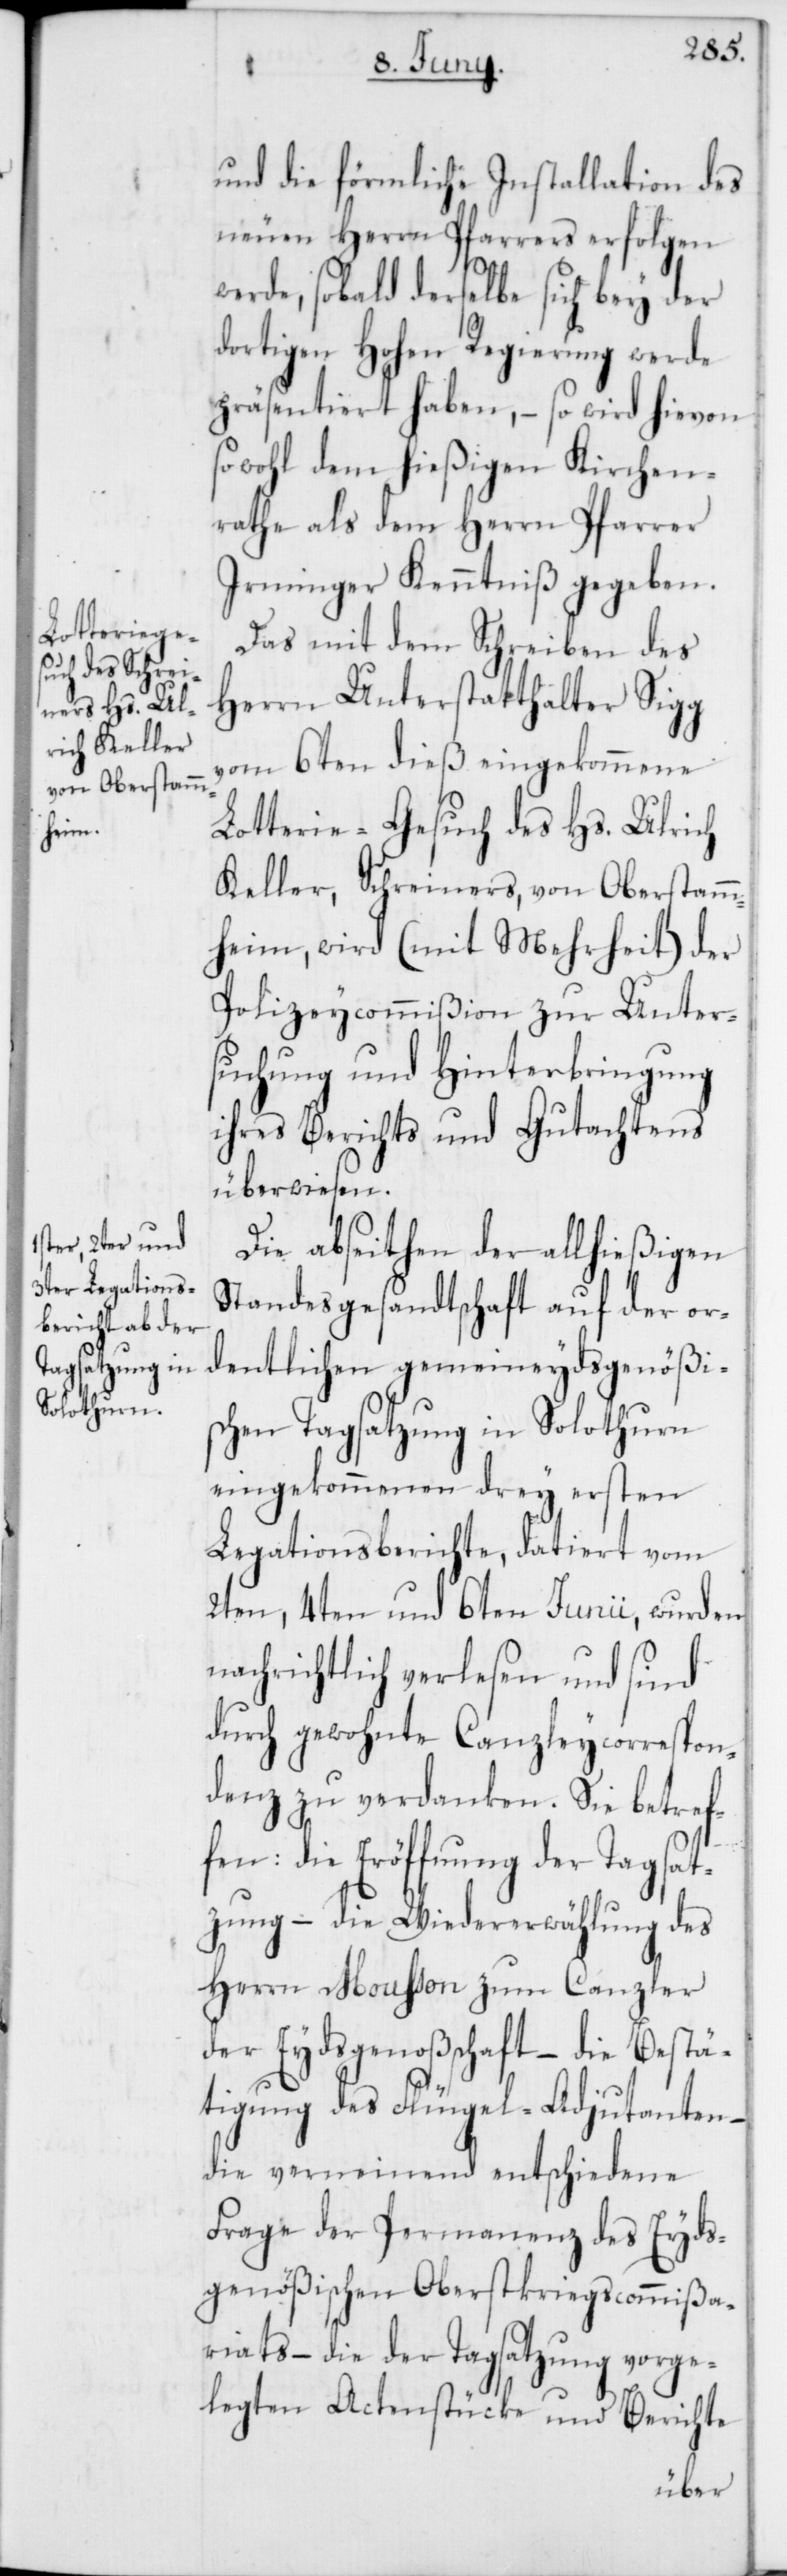
die förmliche Installation des
neuen Herrn Pfarrers erfolgen
werde, sobald derselbe sich bey der
dortigen hohen Regierung werde
präsentiert haben, – so wird hievon
sowohl dem hießigen Kirchen¬
rathe als dem Herrn Pfarrer
Irminger Kenntniß gegeben.
Das mit dem Schreiben des
Herrn Unterstatthalter Sigg
vom 6ten dieß eingekommene
Lotterie-Gesuch des Hs. Ulrich
Keller, Schreiners von Oberstamm¬
heim, wird (mit Mehrheit) der
Polizeycommißion zur Unter¬
suchung und Hinterbringung
ihres Berichts und Gutachtens
überwiesen.
Die abseithen der allhießigen
Standesgesandtschaft auf der or¬
dentlichen gemeineydsgenößi¬
schen Tagsatzung in Solothurn
eingekommenen drey ersten
Legationsberichte, datiert vom
2ten, 4ten und 6ten Junii, wurden
nachrichtlich verlesen und sind
durch gewohnte Canzleycorrespon¬
denz zu verdanken. Sie betref¬
fen: Die Eröffnung der Tagsat¬
zung – die Wiedererwählung des
Herrn Moußon zum Canzler
der Eydsgenoßenschaft – die Bestä¬
tigung des Flügel-Adjutanten,
die verneinend entschiedene
Frage der Permanenz des Eyds¬
genößischen Oberstkriegscommißa¬
riats – die der Tagsatzung vorge¬
legten Actenstücke und Berichte